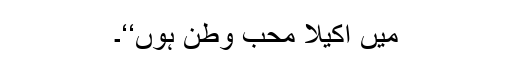
میں اکیلا محب وطن ہوں‘‘۔